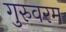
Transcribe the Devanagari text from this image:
गुरुवरम